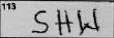
Transcription: SHW